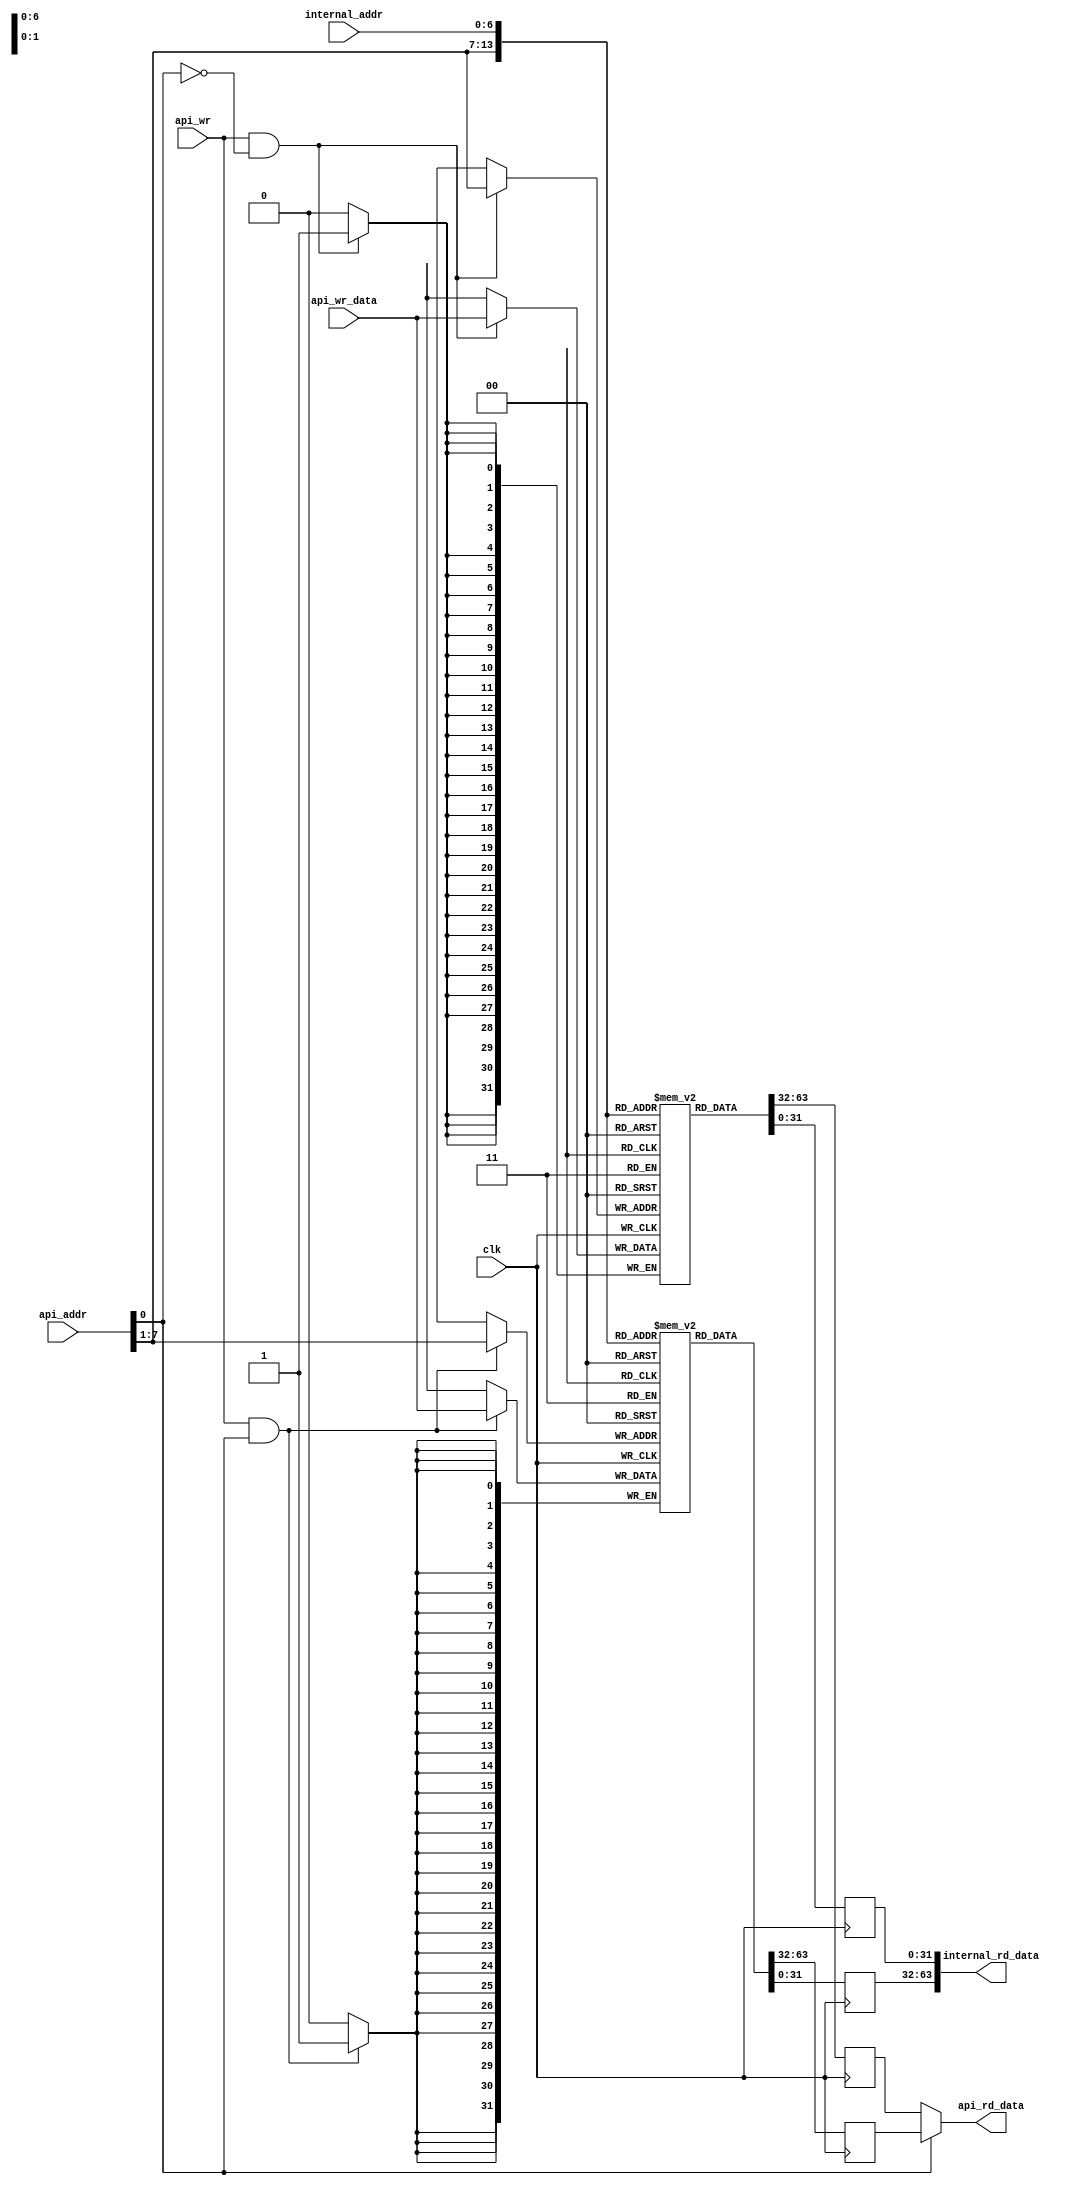
//======================================================================
//
// blockmem_rw32_r64.v
// -------------------
// Test implementation of a block memory that has different data
// widths on external (api) and internal ports.
// Copyright (c) 2015, Assured AB
// All rights reserved.
//
// Redistribution and use in source and binary forms, with or
// without modification, are permitted provided that the following
// conditions are met:
//
// 1. Redistributions of source code must retain the above copyright
//    notice, this list of conditions and the following disclaimer.
//
// 2. Redistributions in binary form must reproduce the above copyright
//    notice, this list of conditions and the following disclaimer in
//    the documentation and/or other materials provided with the
//    distribution.
//
// THIS SOFTWARE IS PROVIDED BY THE COPYRIGHT HOLDERS AND CONTRIBUTORS
// "AS IS" AND ANY EXPRESS OR IMPLIED WARRANTIES, INCLUDING, BUT NOT
// LIMITED TO, THE IMPLIED WARRANTIES OF MERCHANTABILITY AND FITNESS
// FOR A PARTICULAR PURPOSE ARE DISCLAIMED. IN NO EVENT SHALL THE
// COPYRIGHT OWNER OR CONTRIBUTORS BE LIABLE FOR ANY DIRECT, INDIRECT,
// INCIDENTAL, SPECIAL, EXEMPLARY, OR CONSEQUENTIAL DAMAGES (INCLUDING,
// BUT NOT LIMITED TO, PROCUREMENT OF SUBSTITUTE GOODS OR SERVICES;
// LOSS OF USE, DATA, OR PROFITS; OR BUSINESS INTERRUPTION) HOWEVER
// CAUSED AND ON ANY THEORY OF LIABILITY, WHETHER IN CONTRACT,
// STRICT LIABILITY, OR TORT (INCLUDING NEGLIGENCE OR OTHERWISE)
// ARISING IN ANY WAY OUT OF THE USE OF THIS SOFTWARE, EVEN IF
// ADVISED OF THE POSSIBILITY OF SUCH DAMAGE.
//
//======================================================================

module blockmem_rw32_r64(
                         input wire           clk,

                         input wire           api_wr,
                         input wire  [07 : 0] api_addr,
                         input wire  [31 : 0] api_wr_data,
                         output wire [31 : 0] api_rd_data,

                         input wire  [06 : 0] internal_addr,
                         output wire [63 : 0] internal_rd_data
                        );


  //----------------------------------------------------------------
  // Regs and memories.
  //----------------------------------------------------------------
  reg [31 : 0] mem0 [0 : 127];
  reg [31 : 0] mem1 [0 : 127];

  wire mem0_we;
  wire mem1_we;


  //----------------------------------------------------------------
  // Wires.
  //----------------------------------------------------------------
  reg [31 : 0] tmp0_api_rd_data;
  reg [31 : 0] tmp1_api_rd_data;
  reg [31 : 0] tmp0_int_rd_data;
  reg [31 : 0] tmp1_int_rd_data;


  //----------------------------------------------------------------
  // Assignmets.
  //----------------------------------------------------------------
  assign api_rd_data      = api_addr[0] ? tmp1_api_rd_data : tmp0_api_rd_data;
  assign internal_rd_data = {tmp1_int_rd_data, tmp0_int_rd_data};

  assign mem0_we = api_wr & ~api_addr[0];
  assign mem1_we = api_wr & api_addr[0];


  //----------------------------------------------------------------
  // Reg updates.
  //----------------------------------------------------------------
  always @ (posedge clk)
    begin : reg_update_mem0
      if (mem0_we)
        mem0[api_addr[7 : 1]] <= api_wr_data;

      tmp0_api_rd_data <= mem0[api_addr[7 : 1]];
      tmp0_int_rd_data <= mem0[internal_addr];
    end

  always @ (posedge clk)
    begin : reg_update_mem1
      if (mem1_we)
        mem1[api_addr[7 : 1]] <= api_wr_data;

      tmp1_api_rd_data <= mem1[api_addr[7 : 1]];
      tmp1_int_rd_data <= mem1[internal_addr];
    end

endmodule // blockmem_rw32_r64

//======================================================================
// eof blockmem_rw32_r64.v
//======================================================================